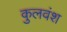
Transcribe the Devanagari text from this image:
कुलवंश